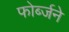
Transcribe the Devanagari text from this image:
फोर्ब्जने